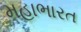
મહાભારત